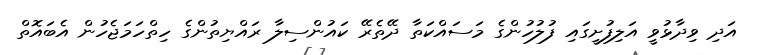
އަދި ވިދާޅުވީ އަލިފުށީގައި ފުލުހުންގެ މަސައްކަތާ ދޭތެރޭ ކައުންސިލާ ރައްޔިތުންގެ ހިތްހަމަޖެހުން އެބައޮތް